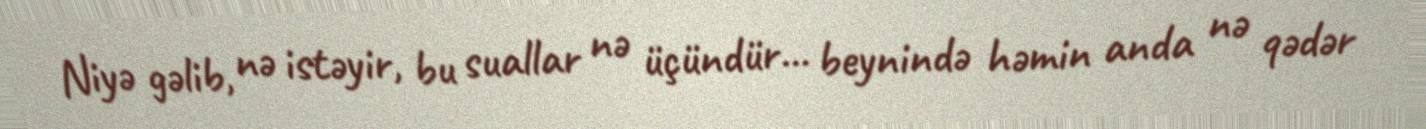
Niyə gəlib, nə istəyir, bu suallar nə üçündür... beynində həmin anda nə qədər